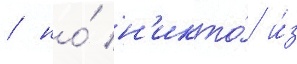
/ но́ н'икто́ и́з